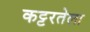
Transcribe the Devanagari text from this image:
कट्टरतेला